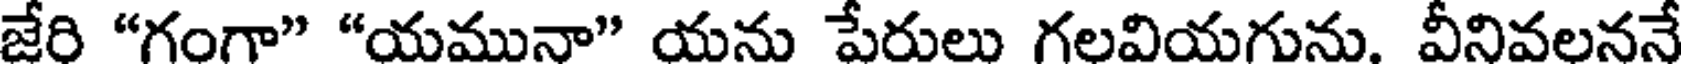
జేరి "గంగా" "యమునా" యను పేరులు గలవియగును. వీనివలననే